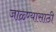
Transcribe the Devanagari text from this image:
जाळ्ण्यासाठी